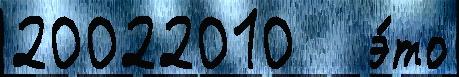
20022010   э́то